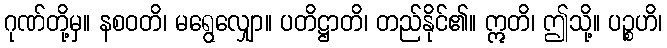
ဂုဏ်တို့မှ။ နစဝတိ၊ မရွေလျှော။ ပတိဋ္ဌာတိ၊ တည်နိုင်၏။ ဣတိ၊ ဤသို့။ ပဉ္စဟိ၊